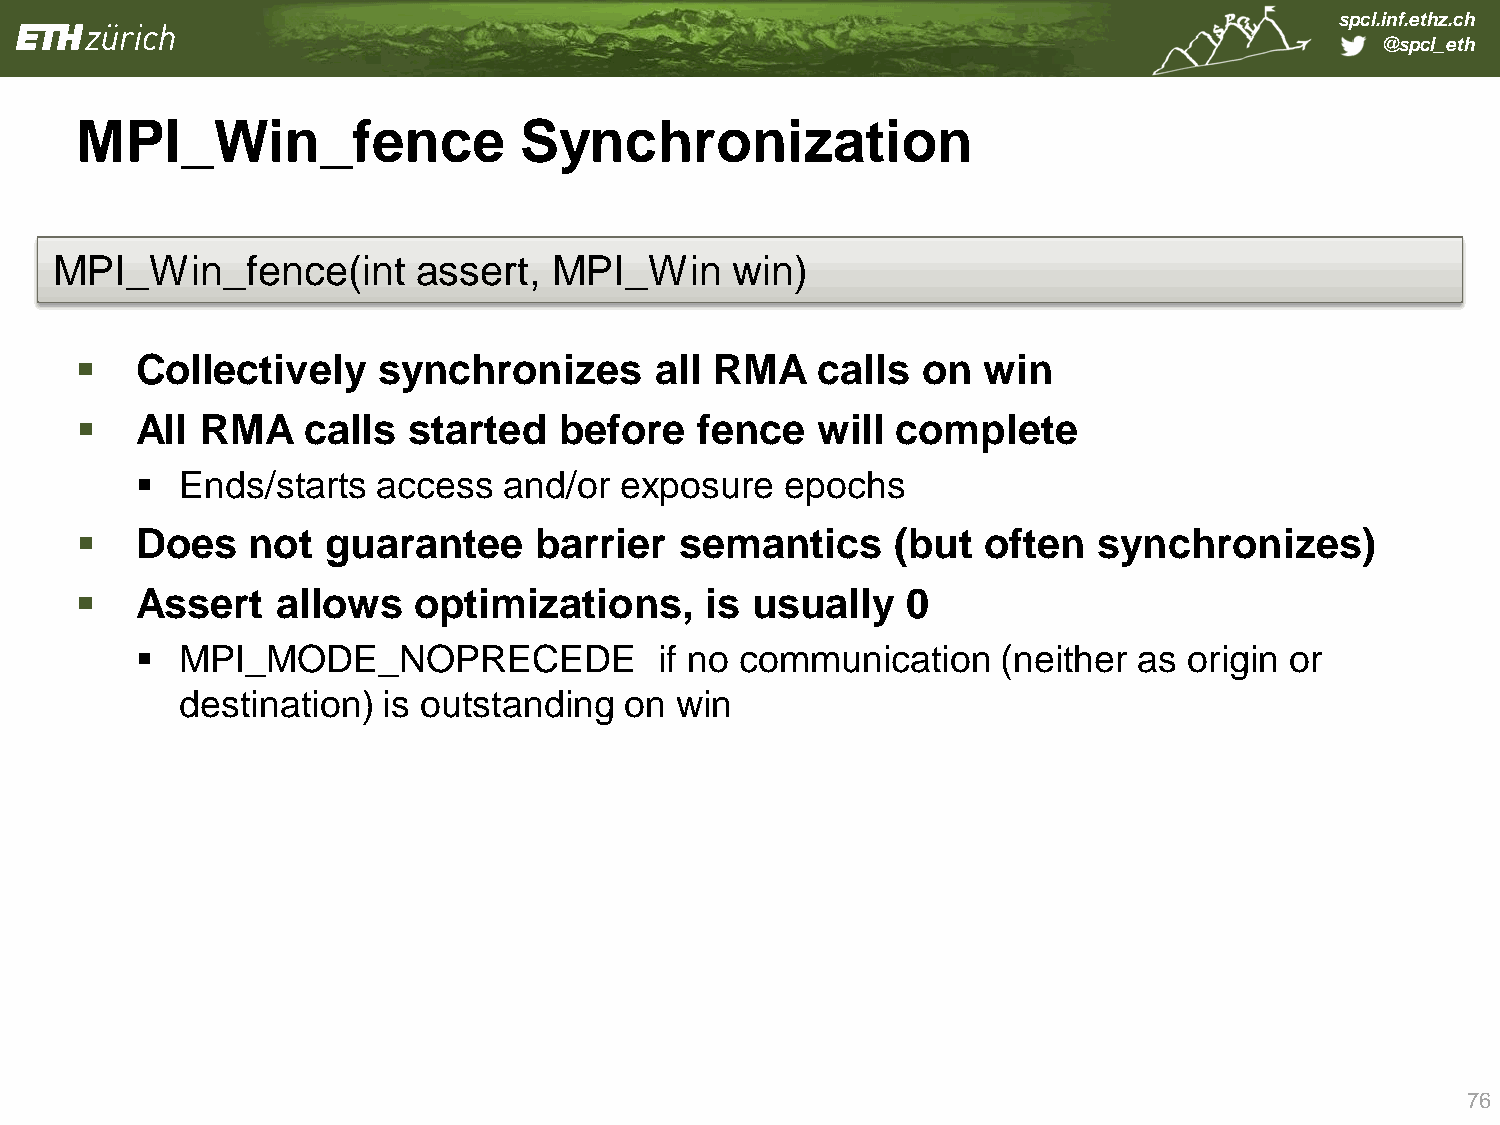
spcl.inf.ethz.ch
 @spcl_eth
 MPI_Win_fence                Synchronization
 MPI_Win_fence(int        assert,  MPI_Win    win)
    Collectively    synchronizes      all RMA    calls  on  win
    All RMA    calls  started   before   fence   will complete
   Ends/starts  access  and/or  exposure   epochs
    Does   not   guarantee    barrier   semantics     (but  often   synchronizes)
    Assert   allows   optimizations,      is usually   0
   MPI_MODE_NOPRECEDE              if no communication   (neither as  origin or
 destination) is outstanding  on  win
 76